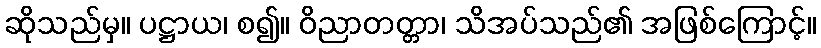
ဆိုသည်မှ။ ပဋ္ဌာယ၊ စ၍။ ဝိညာတတ္တာ၊ သိအပ်သည်၏ အဖြစ်ကြောင့်။